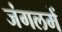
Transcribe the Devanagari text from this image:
जंगलमें